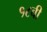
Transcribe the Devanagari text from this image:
१८बी